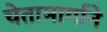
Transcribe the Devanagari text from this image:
चेतामार्गाने